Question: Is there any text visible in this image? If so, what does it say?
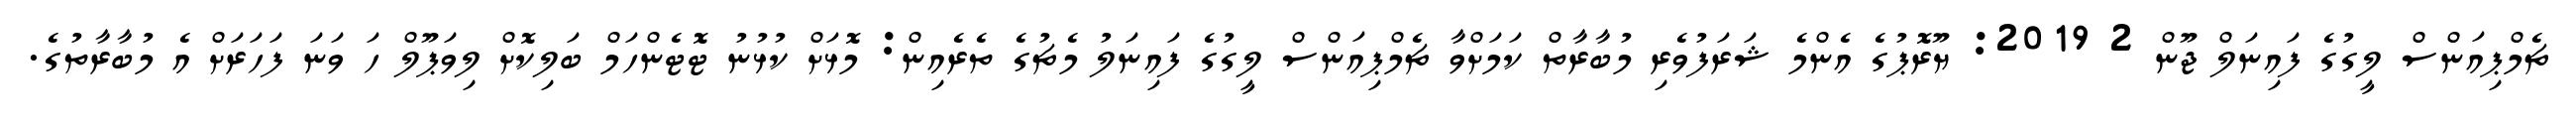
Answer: ޗެމްޕިއަންސް ލީގުގެ ފައިނަލް ޖޫން 2 2019: ޔޫރޮޕުގެ އެންމެ ޝަރަފުވެރި މުބާރާތް ކަމަށްވާ ޗެމްޕިއަންސް ލީގުގެ ފައިނަލު މެޗުގެ ތެރެއިން: މޮޅަށް ކުޅުނު ޓޮޓެންހަމް ބަލިކޮށް ލިވަޕޫލް ހަ ވަނަ ފަހަރަށް އެ މުބާރާތުގެ.